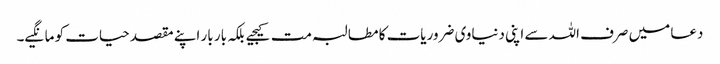
دعا میں صرف اللہ سے اپنی دنیاوی ضروریات کا مطالبہ مت کیجیے بلکہ بار بار اپنے مقصد حیات کو مانگیے۔